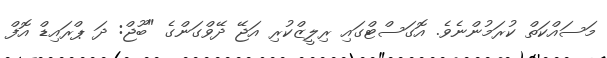
މަސައްކަތް ކުރަމުންނެވެ. އޮގަސްޓްގައި ރިލީޒްކުރި އަޖޭ ދޭވްގަންގެ "ބޫޖް: ދަ ޕްރައިޑް އޮފް